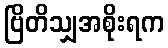
ဗြိတိသျှအစိုးရက